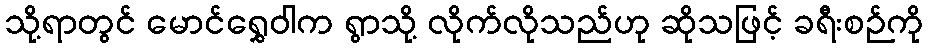
သို့ရာတွင် မောင်ရွှေဝါက ရွာသို့ လိုက်လိုသည်ဟု ဆိုသဖြင့် ခရီးစဉ်ကို